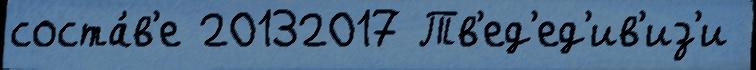
соста́в'е 20132017 Тв'ед'ед'ив'из'и